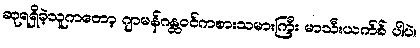
ဆုရရှိခဲ့သူကတော့ ဂျာမန်ဂန္ထဝင်ကစားသမားကြီး မာသီးယက်စ် ပါပဲ။